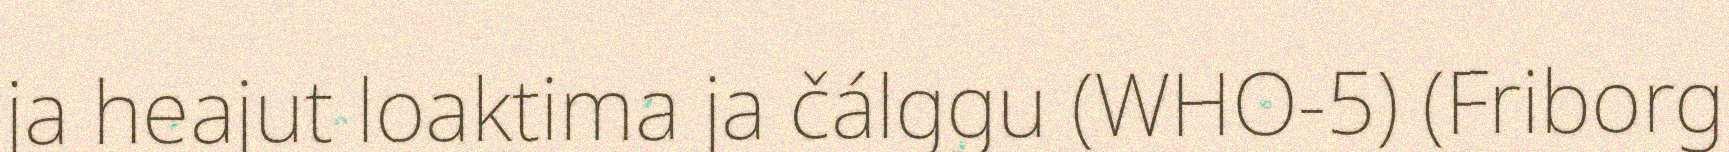
ja heajut loaktima ja čálggu (WHO-5) (Friborg